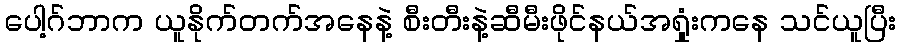
ပေါ့ဂ်ဘာက ယူနိုက်တက်အနေနဲ့ စီးတီးနဲ့ဆီမီးဖိုင်နယ်အရှုံးကနေ သင်ယူပြီး